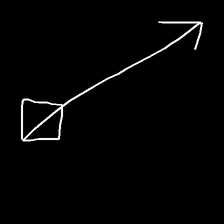
Glyph: focus